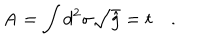
\mathrm { A } = \int d ^ { 2 } \sigma { \sqrt { \hat { g } } } = t \quad .